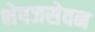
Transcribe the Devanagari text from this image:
भेषजसेवन